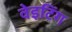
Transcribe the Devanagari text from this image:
वेइटिंग